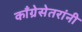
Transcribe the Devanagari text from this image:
काँग्रेसेतरांनी